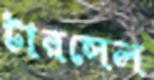
টারসেল